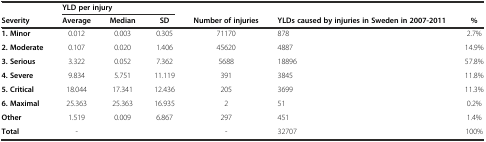
<table><thead><tr><td></td><td colspan="3"><b>YLD per injury</b></td><td></td><td></td><td></td></tr><tr><td><b>Severity</b></td><td><b>Average</b></td><td><b>Median</b></td><td><b>SD</b></td><td><b>Number of injuries</b></td><td><b>YLDs caused by injuries in Sweden in 2007-2011</b></td><td><b>%</b></td></tr></thead><tbody><tr><td><b>1. Minor</b></td><td>0.012</td><td>0.003</td><td>0.305</td><td>71170</td><td>878</td><td>2.7%</td></tr><tr><td><b>2. Moderate</b></td><td>0.107</td><td>0.020</td><td>1.406</td><td>45620</td><td>4887</td><td>14.9%</td></tr><tr><td><b>3. Serious</b></td><td>3.322</td><td>0.052</td><td>7.362</td><td>5688</td><td>18896</td><td>57.8%</td></tr><tr><td><b>4. Severe</b></td><td>9.834</td><td>5.751</td><td>11.119</td><td>391</td><td>3845</td><td>11.8%</td></tr><tr><td><b>5. Critical</b></td><td>18.044</td><td>17.341</td><td>12.436</td><td>205</td><td>3699</td><td>11.3%</td></tr><tr><td><b>6. Maximal</b></td><td>25.363</td><td>25.363</td><td>16.935</td><td>2</td><td>51</td><td>0.2%</td></tr><tr><td><b>Other</b></td><td>1.519</td><td>0.009</td><td>6.867</td><td>297</td><td>451</td><td>1.4%</td></tr><tr><td><b>Total</b></td><td>-</td><td></td><td></td><td>-</td><td>32707</td><td>100%</td></tr></tbody></table>